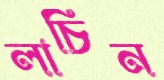
লাচিন